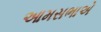
આમસભાએ